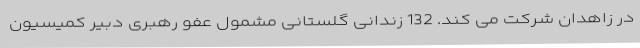
در زاهدان شرکت می کند. 132 زندانی گلستانی مشمول عفو رهبری دبیر کمیسیون